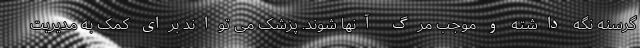
گرسنه نگه داشته و موجب مرگ آنها شوند. پزشک می تواند برای کمک به مدیریت